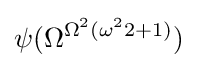
\psi (\Omega ^{\Omega ^{2}(\omega ^{2}2+1)})